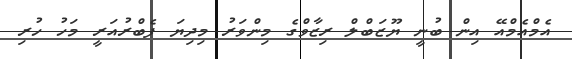
އެމްއެމްއޭ އިން ބުނީ ޔޫޒަބްލް ރިޒާވްގެ މިންވަރު މިދިޔަ ފެބްރުއަރީ މަހު ހުރި